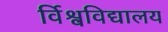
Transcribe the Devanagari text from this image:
र्विश्वविद्यालय